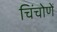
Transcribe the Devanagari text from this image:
चिंचोणें